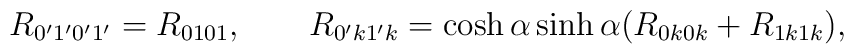
R_{0'1'0'1'} = R_{0101},\qquad  R_{0'k1'k} = \cosh\alpha \sinh \alpha (R_{0k0k} +R_{1k1k}),